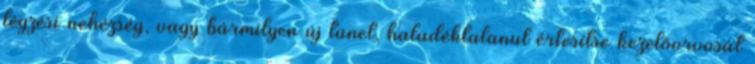
légzési nehézség, vagy bármilyen új tünet, haladéktalanul értesítse kezelőorvosát